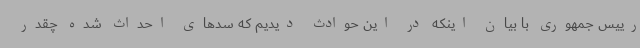
رییس جمهوری با بیان اینکه در این حوادث دیدیم که سدهای احداث شده چقدر